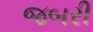
જબરી